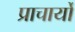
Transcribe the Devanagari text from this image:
प्राचार्यों